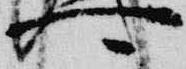
可